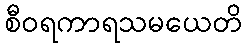
စီဝရကာရသမယေတိ